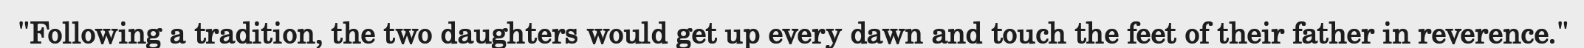
"Following a tradition, the two daughters would get up every dawn and touch the feet of their father in reverence."